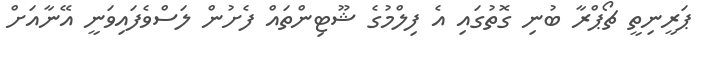
ޕަރީނިތީ ޗޯޕްރާ ބުނި ގޮތުގައި އެ ފިލްމުގެ ޝޫޓިންތައް ފެށުން ލަސްވެފައިވަނީ އޭނާއަށް